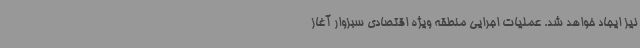
نیز ایجاد خواهد شد. عملیات اجرایی منطقه ویژه اقتصادی سبزوار آغاز